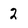
Character: 2